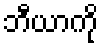
ဘီယာကို